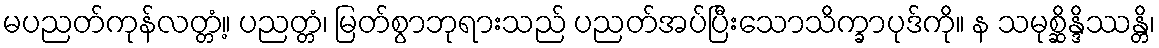
မပညတ်ကုန်လတ္တံ့။ ပညတ္တံ၊ မြတ်စွာဘုရားသည် ပညတ်အပ်ပြီးသောသိက္ခာပုဒ်ကို။ န သမုစ္ဆိန္ဒိဿန္တိ၊